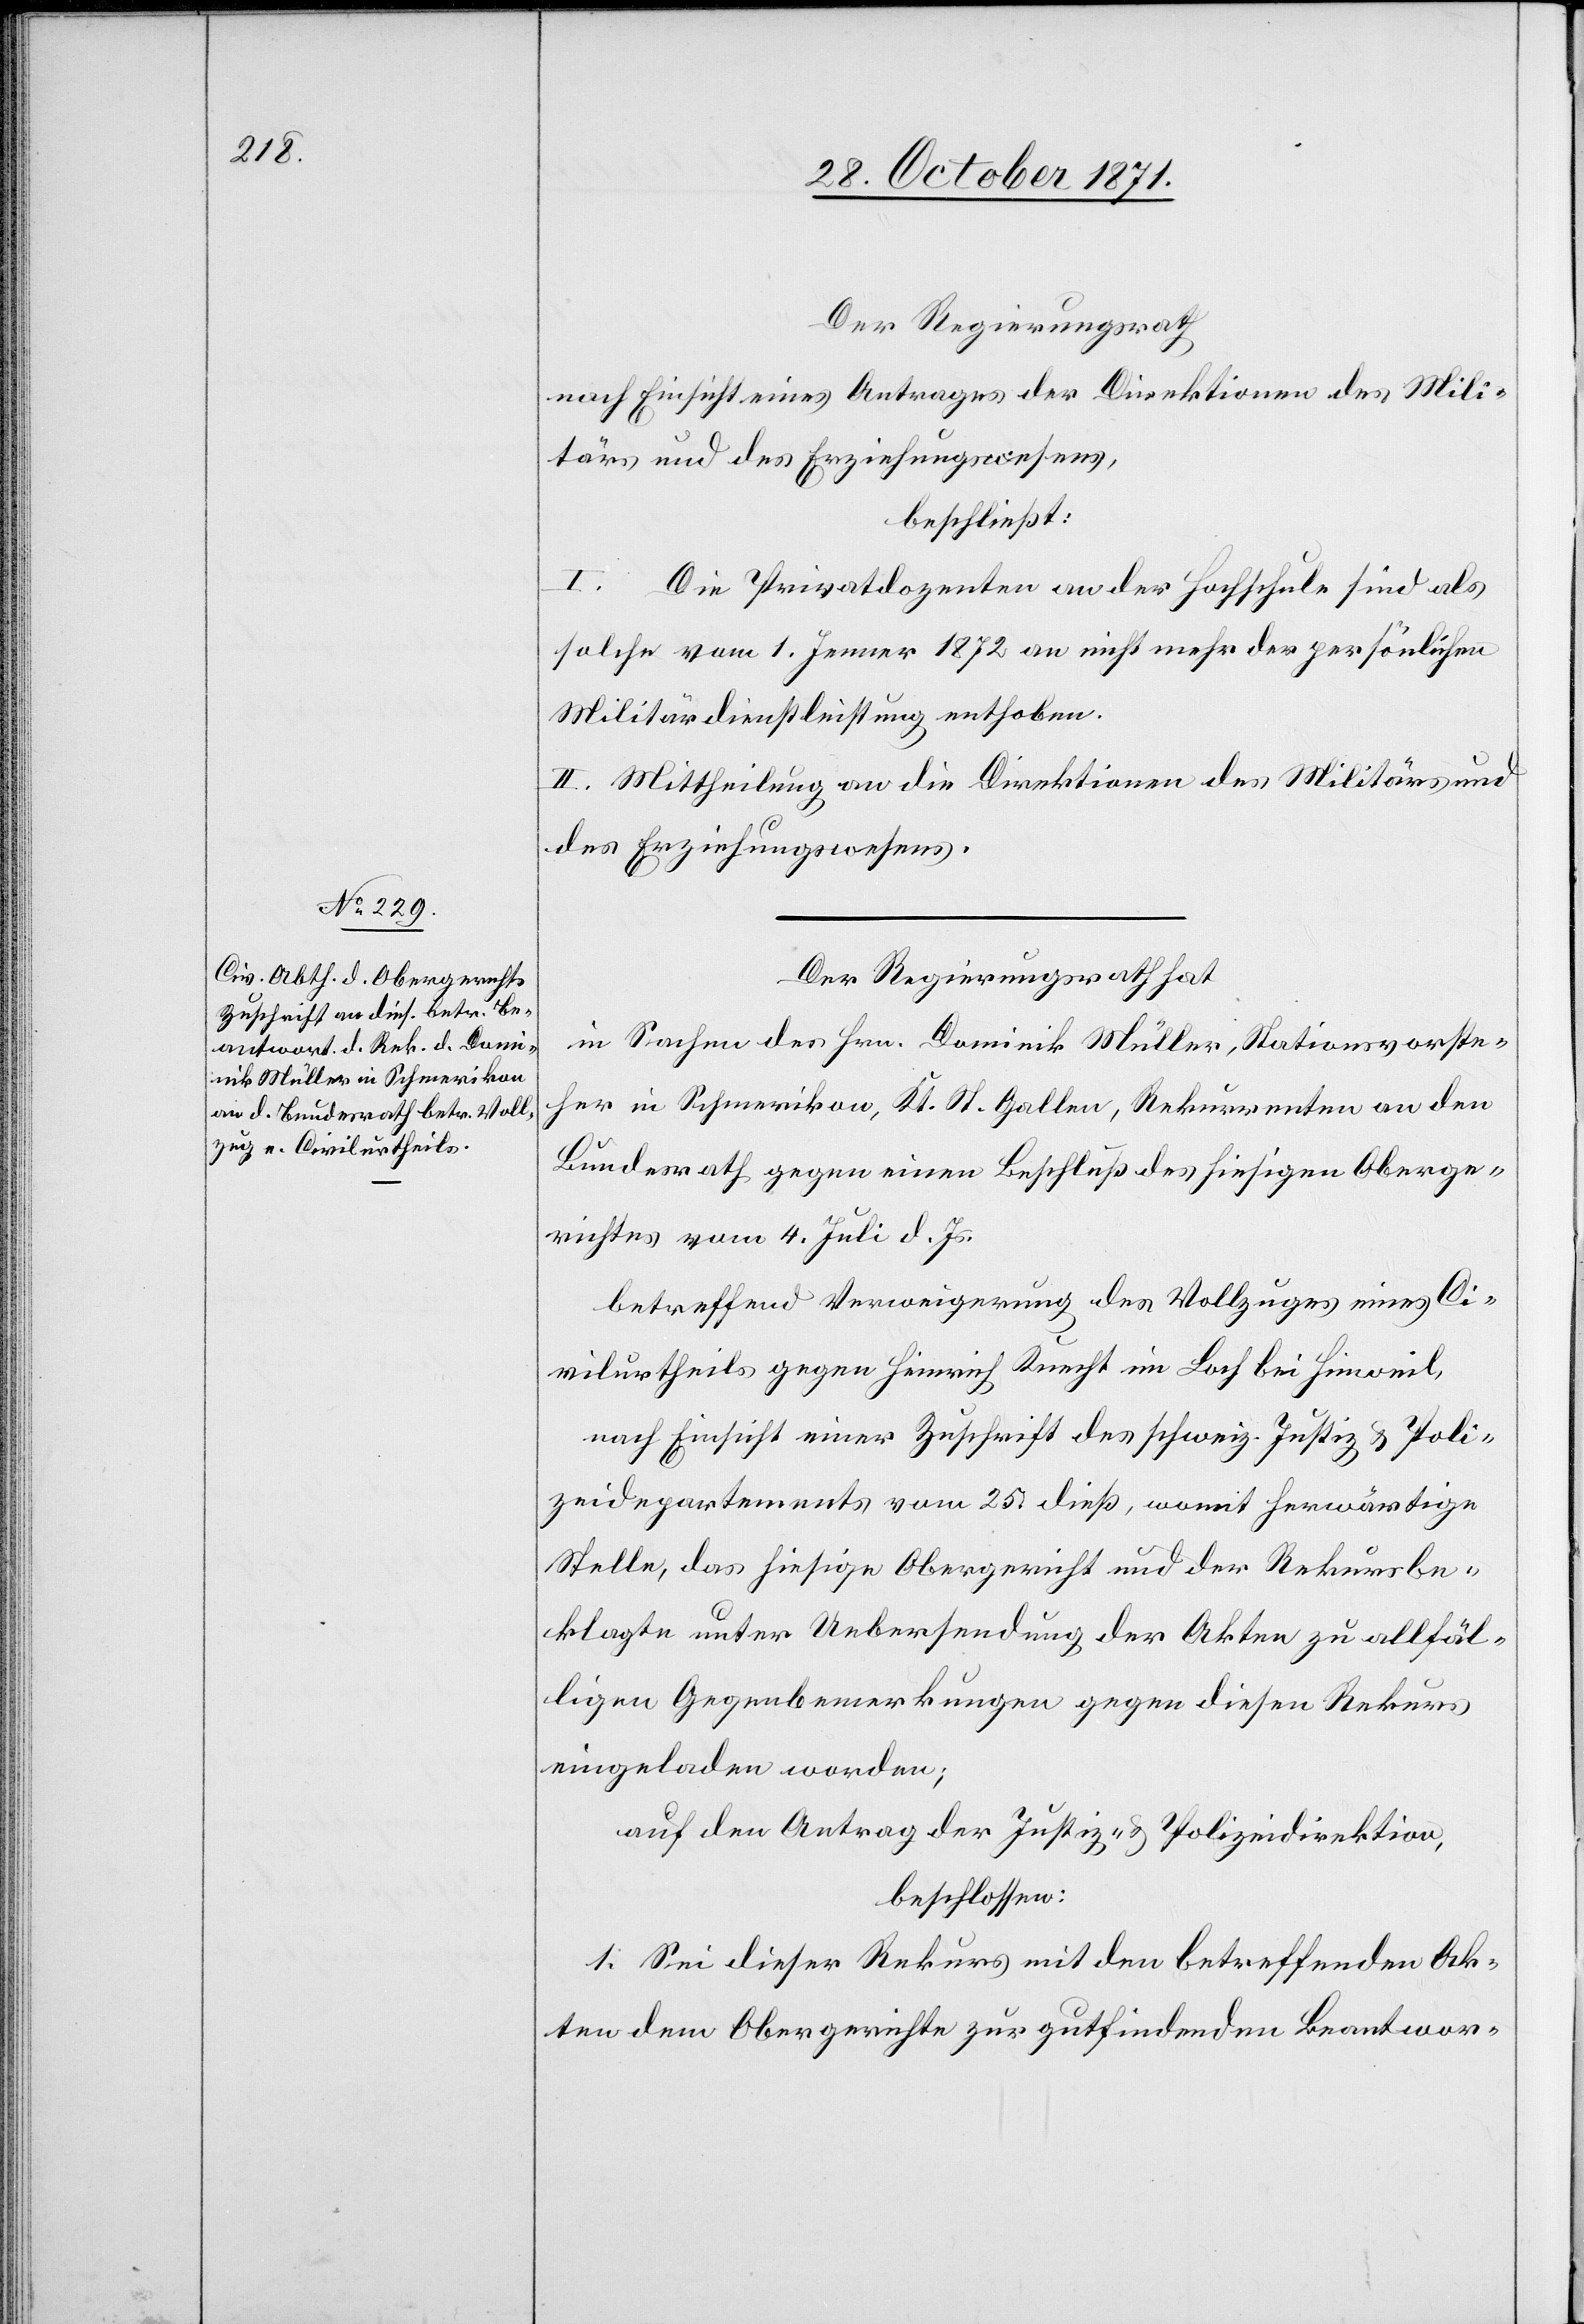
Der Regierungsrath
nach Einsicht eines Antrages der Direktionen des Mili¬
tärs und des Erziehungswesens,
beschließt:
I. Die Privatdozenten an der Hochschule sind als
solche vom 1. Jenner 1872 an nicht mehr der persönlichen
Militärdienstleistung enthoben.
II. Mittheilung an die Direktionen des Militärs und
des Erziehungswesens.
Der Regierungsrath hat
in Sachen des Hrn. Dominik Müller, Stationsvorste¬
her in Schmerikon, Kt. St. Gallen, Rekurrenten an den
Bundesrath gegen einen Beschluß des hiesigen Oberge¬
richtes vom 4. Juli d. Js.
betreffend Verweigerung des Vollzuges eines Ci¬
vilurtheils gegen Heinrich Knecht im Loch bei Hinweil,
nach Einsicht einer Zuschrift des schweiz. Justiz[-] & Poli¬
zeidepartements vom 25. dieß, womit herwärtige
Stelle, das hiesige Obergericht und der Rekursbe¬
klagte unter Uebersendung der Akten zu allfäl¬
ligen Gegenbemerkungen gegen diesen Rekurs
eingeladen worden;
auf den Antrag der Justiz- & Polizeidirektion,
beschlossen:
1. Sei dieser Rekurs mit den betreffenden Ak¬
ten dem Obergerichte zur gutfindenden Beantwor-